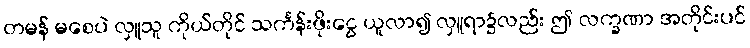
တမန် မစေပဲ လှူသူ ကိုယ်တိုင် သင်္ကန်းဖိုးငွေ ယူလာ၍ လှူရာ၌လည်း ဤ လက္ခဏာ အတိုင်းပင်